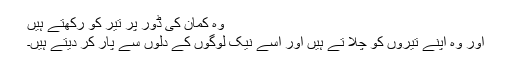
وہ کمان کی ڈور پر تیر کو رکھتے ہیں
اور وہ اپنے تیروں کو چلا تے ہیں اور اسے نیک لوگوں کے دلوں سے پار کر دیتے ہیں۔